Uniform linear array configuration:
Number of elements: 16
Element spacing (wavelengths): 0.5
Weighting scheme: uniform
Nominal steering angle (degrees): -15
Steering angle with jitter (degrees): -14.995
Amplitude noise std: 0.05
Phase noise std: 0.05

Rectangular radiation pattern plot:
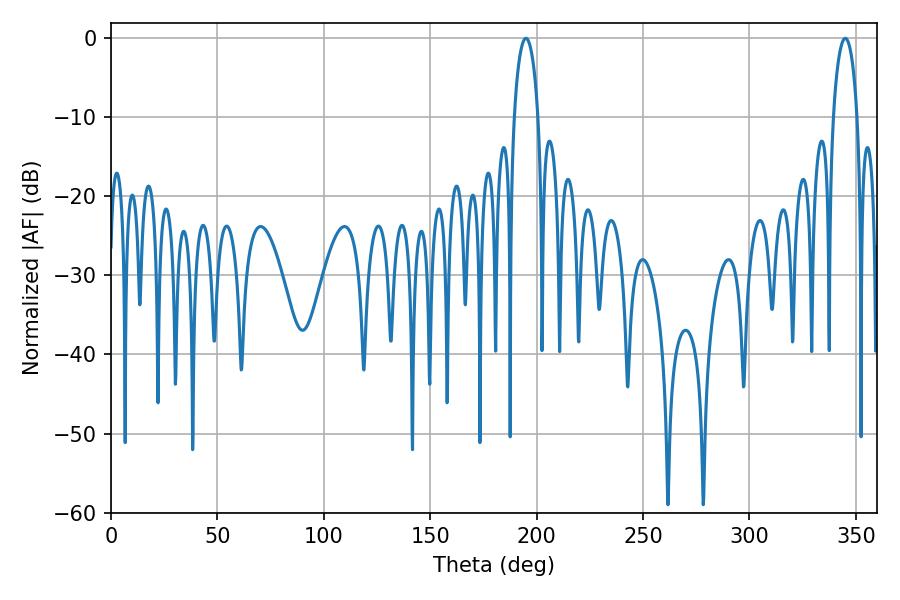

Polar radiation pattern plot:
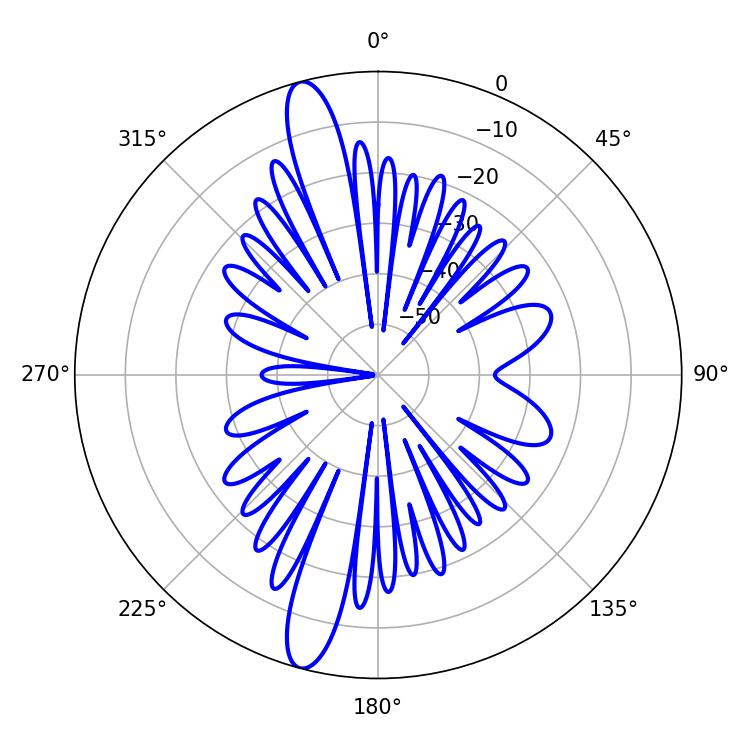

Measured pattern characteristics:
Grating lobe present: FALSE
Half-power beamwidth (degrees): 6.48
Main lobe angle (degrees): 194.94